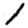
Digit: 1